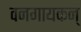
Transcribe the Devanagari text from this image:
वनगायकन्